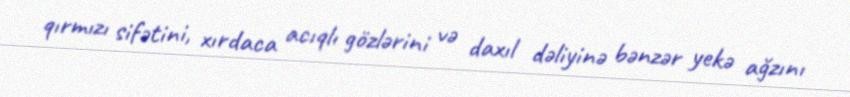
qırmızı sifətini, xırdaca acıqlı gözlərini və daxıl dəliyinə bənzər yekə ağzını